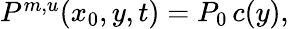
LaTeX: \begin{array}{r}{P^{m,u}(x_{0},y,t)=P_{0}\, c(y),}\end{array}